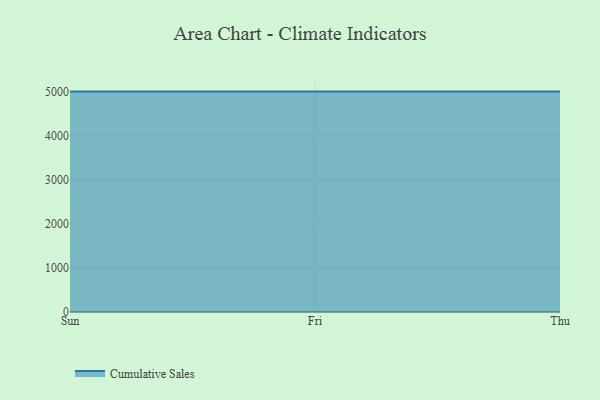
{"axis": {"x": "Day", "y": "Churn Rate (%)"}, "legend": ["Cumulative Sales"], "data": [{"x": "Sun", "y": 5000, "type": "Cumulative Sales"}, {"x": "Fri", "y": 5000, "type": "Cumulative Sales"}, {"x": "Thu", "y": 5000, "type": "Cumulative Sales"}]}